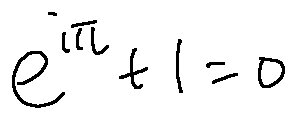
e ^ { i \pi } + 1 = 0